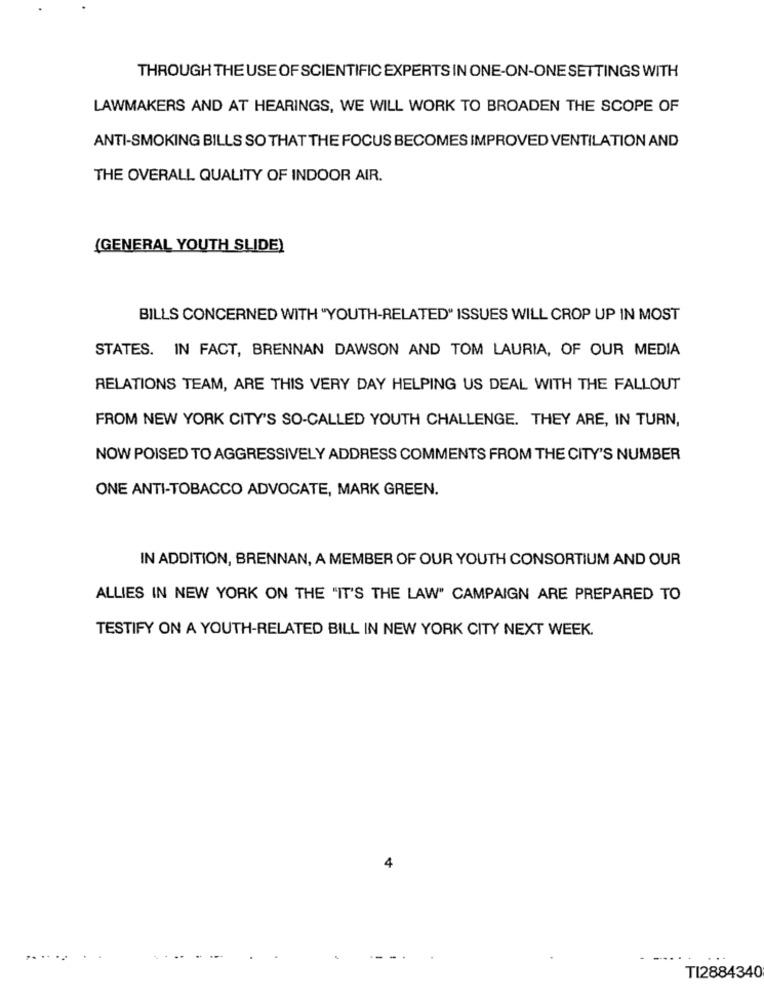
THROUGH THE USE OF SCIENTIFIC EXPERTS IN ONE-ON-ONE SETTINGS WITH
LAWMAKERS AND AT HEARINGS, WE WILL WORK TO BROADEN THE SCOPE OF
ANTI-SMOKING BILLS SO THAT THE FOCUS BECOMES IMPROVED VENTILATION AND
THE OVERALL QUALITY OF INDOOR AIR.
(GENERAL YOUTH SLIDE)
BILLS CONCERNED WITH "YOUTH-RELATED" ISSUES WILL CROP UP IN MOST
STATES. IN FACT, BRENNAN DAWSON AND TOM LAURIA, OF OUR MEDIA
RELATIONS TEAM, ARE THIS VERY DAY HELPING US DEAL WITH THE FALLOUT
FROM NEW YORK CITY'S SO-CALLED YOUTH CHALLENGE. THEY ARE, IN TURN,
NOW POISED TO AGGRESSIVELY ADDRESS COMMENTS FROM THE CITY'S NUMBER
ONE ANTI-TOBACCO ADVOCATE, MARK GREEN.
IN ADDITION, BRENNAN, A MEMBER OF OUR YOUTH CONSORTIUM AND OUR
ALLIES IN NEW YORK ON THE "IT'S THE LAW" CAMPAIGN ARE PREPARED TO
TESTIFY ON A YOUTH-RELATED BILL IN NEW YORK CITY NEXT WEEK.
...
TI2884340